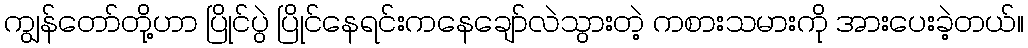
ကျွန်တော်တို့ဟာ ပြိုင်ပွဲ ပြိုင်နေရင်းကနေချော်လဲသွားတဲ့ ကစားသမားကို အားပေးခဲ့တယ်။